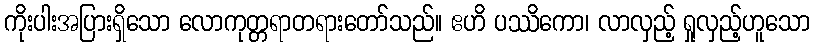
ကိုးပါးအပြားရှိသော လောကုတ္တရာတရားတော်သည်။ ဧဟိ ပဿိကော၊ လာလှည့် ရှုလှည့်ဟူသော